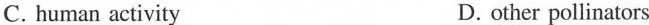
C. human activity D. other pollinators